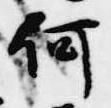
何